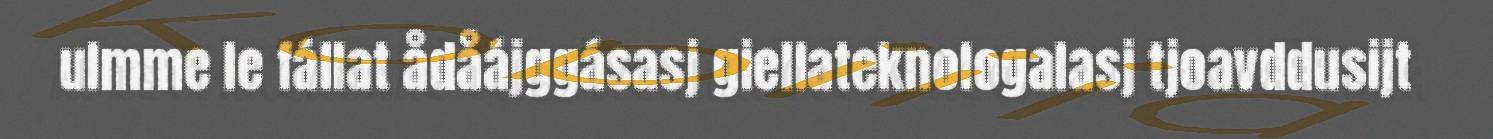
ulmme le fállat ådåájggásasj giellateknologalasj tjoavddusijt